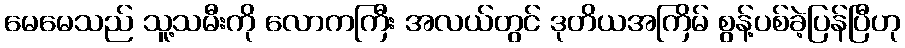
မေမေသည် သူ့သမီးကို လောကကြီး အလယ်တွင် ဒုတိယအကြိမ် စွန့်ပစ်ခဲ့ပြန်ပြီဟု